Indian journal of veterinary science and animal husbandry - Volume 7,
Year: 1937
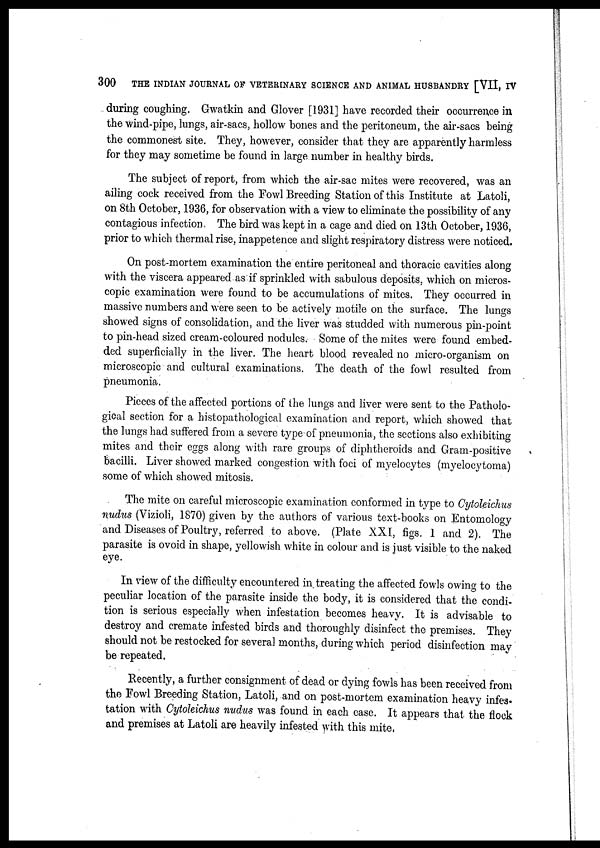
300
THE INDIAN JOURNAL OF VETERINARY SCIENCE AND ANIMAL HUSBANDRY [VII, IV
during coughing. Gwatkin and Glover [1931] have recorded their occurrence in
the wind-pipe, lungs, air-sacs, hollow bones and the peritoneum, the air-sacs being
the commonest site. They, however, consider that they are apparently harmless
for they may sometime be found in large number in healthy birds.
The subject of report, from which the air-sac mites were recovered, was an
ailing cock received from the Fowl Breeding Station of this Institute at Latoli,
on 8th October, 1936, for observation with a view to eliminate the possibility of any
contagious infection. The bird was kept in a cage and died on 13th October, 1936,
prior to which thermal rise, inappetence and slight respiratory distress were noticed.
On post-mortem examination the entire peritoneal and thoracic cavities along
with the viscera appeared as if sprinkled with sabulous deposits, which on micros-
copic examination were found to be accumulations of mites. They occurred in
massive numbers and were seen to be actively motile on the surface. The lungs
showed signs of consolidation, and the liver was studded with numerous pin-point
to pin-head sized cream-coloured nodules. Some of the mites were found embed-
ded superficially in the liver. The heart blood revealed no micro-organism on
microscopic and cultural examinations. The death of the fowl resulted from
pneumonia.
Pieces of the affected portions of the lungs and liver were sent to the Patholo-
gical section for a histopathological examination and report, which showed that
the lungs had suffered from a severe type of pneumonia, the sections also exhibiting
mites and their eggs along with rare groups of diphtheroids and Gram-positive
bacilli. Liver showed marked congestion with foci of myelocytes (myelocytoma)
some of which showed mitosis.
The mite on careful microscopic examination conformed in type to Cytoleichus
nudus (Vizioli, 1870) given by the authors of various text-books on Entomology
and Diseases of Poultry, referred to above. (Plate XXI, figs. 1 and 2). The
parasite is ovoid in shape, yellowish white in colour and is just visible to the naked
eye.
In view of the difficulty encountered in treating the affected fowls owing to the
peculiar location of the parasite inside the body, it is considered that the condi-
tion is serious especially when infestation becomes heavy. It is advisable to
destroy and cremate infested birds and thoroughly disinfect the premises. They
should not be restocked for several months, during which period disinfection may
be repeated.
Recently, a further consignment of dead or dying fowls has been received from
the Fowl Breeding Station, Latoli, and on post-mortem examination heavy infes-
tation with Cytoleichus nudus was found in each case. It appears that the flock
and premises at Latoli are heavily infested with this mite.